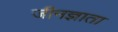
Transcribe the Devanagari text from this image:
जीनज्ञाता